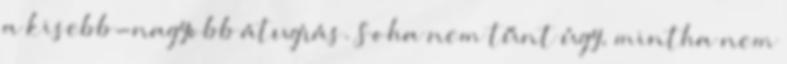
a kisebb-nagyobb átugrás. Soha nem tűnt úgy, mintha nem